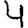
Digit: 4